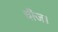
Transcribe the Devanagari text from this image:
चीज।